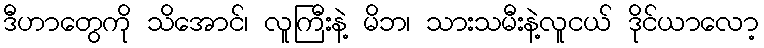
ဒီဟာတွေကို သိအောင်၊ လူကြီးနဲ့ မိဘ၊ သားသမီးနဲ့လူငယ် ဒိုင်ယာလော့